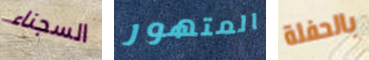
السجناء المتهور بالحفلة